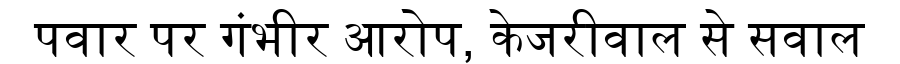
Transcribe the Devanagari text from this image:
पवार पर गंभीर आरोप, केजरीवाल से सवाल